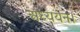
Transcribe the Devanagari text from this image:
अध्‍ययन।